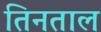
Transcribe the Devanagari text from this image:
तिनताल